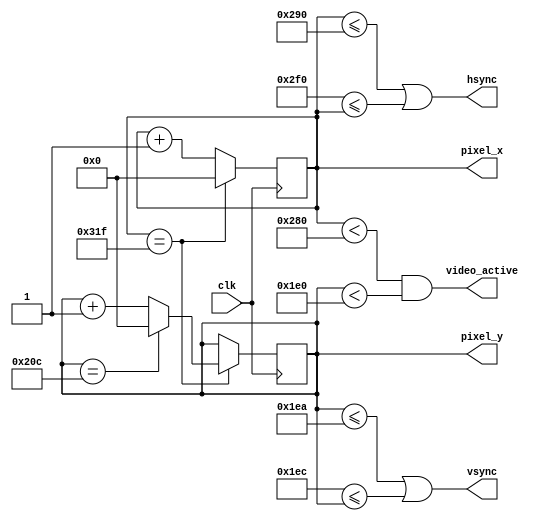
module vga_core
(
	input clk,
	output hsync,
	output vsync,
	output video_active,
	output [9:0] pixel_x,
	output [9:0] pixel_y
);

// Visible Width (640/1) --- Front Porch (16/1) --- Sync Pulse (96/0) --- Back Porch (48/1) >>> Total Line = 800
// Visible Height (480/1) --- Front Porch (10/1) --- Sync Pulse (2/0) --- Back Porch (33/1) >>> Total Frame = 525
// Refresh Rate 60 Hz @ 25.175MHz

localparam H_D 			= 640; 	//Horizontal Display
localparam H_FP			= 16;		//Horizontal Front Porch
localparam H_SP			= 96;		//Horizontal Sync Pulse
localparam H_BP			= 48;		//Horizontal Back Porch 
localparam H_Total		= H_D + H_FP + H_SP + H_BP;

localparam V_D 			= 480; 	//Vertical Display
localparam V_FP			= 10;		//Vertical Front Porch
localparam V_SP			= 2;		//Vertical Sync Pulse
localparam V_BP			= 33;		//Vertical Back Porch 
localparam V_Total		= V_D + V_FP + V_SP + V_BP;


reg [9:0] CounterX;
reg [9:0] CounterY;


wire CounterXmaxed = (CounterX == H_Total-1);
wire CounterYmaxed = (CounterY == V_Total-1);
	
	always @(posedge clk) begin
	
		if (CounterXmaxed) begin
			CounterX <= 10'd0;
			
			if(CounterYmaxed)
				CounterY <= 10'd0;
				
			else
				CounterY <= CounterY + 10'd1;
		end
		
		
		else
			CounterX <= CounterX + 10'd1;
		
	end
	
	
	assign hsync = (CounterX <= (H_D + H_FP) || ((H_D + H_FP + H_SP) <= CounterX));   // active for 640 clocks
	assign vsync = (CounterY <= (V_D + V_FP) || ((V_D + V_FP + V_SP) <= CounterY));   // active for 480 clocks
	assign video_active = (CounterX < H_D) && (CounterY < V_D);
	assign pixel_x = CounterX;
	assign pixel_y = CounterY;
	

endmodule